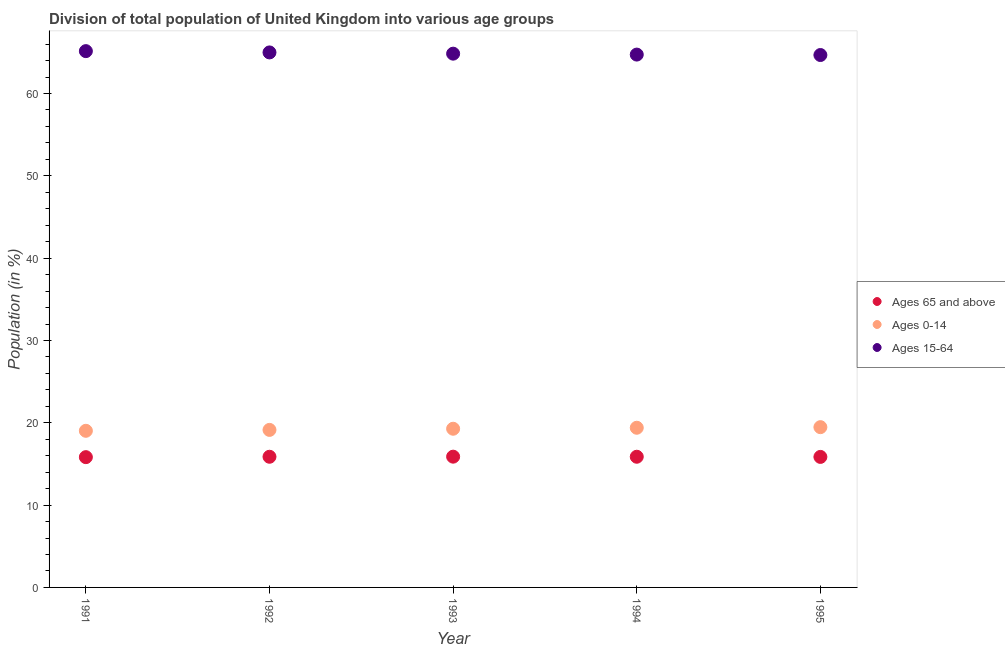
| Year | Ages 65 and above | Ages 0-14 | Ages 15-64 |
 | --- | --- | --- | --- |
 | 1991 | 15.8 | 19 | 65.1 |
 | 1992 | 15.9 | 19.1 | 65 |
 | 1993 | 15.9 | 19.3 | 64.8 |
 | 1994 | 15.9 | 19.4 | 64.7 |
 | 1995 | 15.9 | 19.5 | 64.7 |